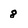
Character: 8